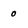
Character: 0